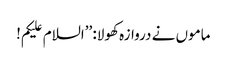
ماموں نے دروازہ کھولا: ’’السلام علیکم!